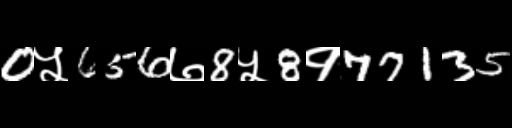
Text: 0५656७8५8१77135